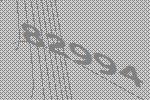
82994